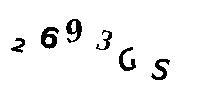
2693GS